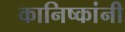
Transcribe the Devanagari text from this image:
कानिष्कांनी